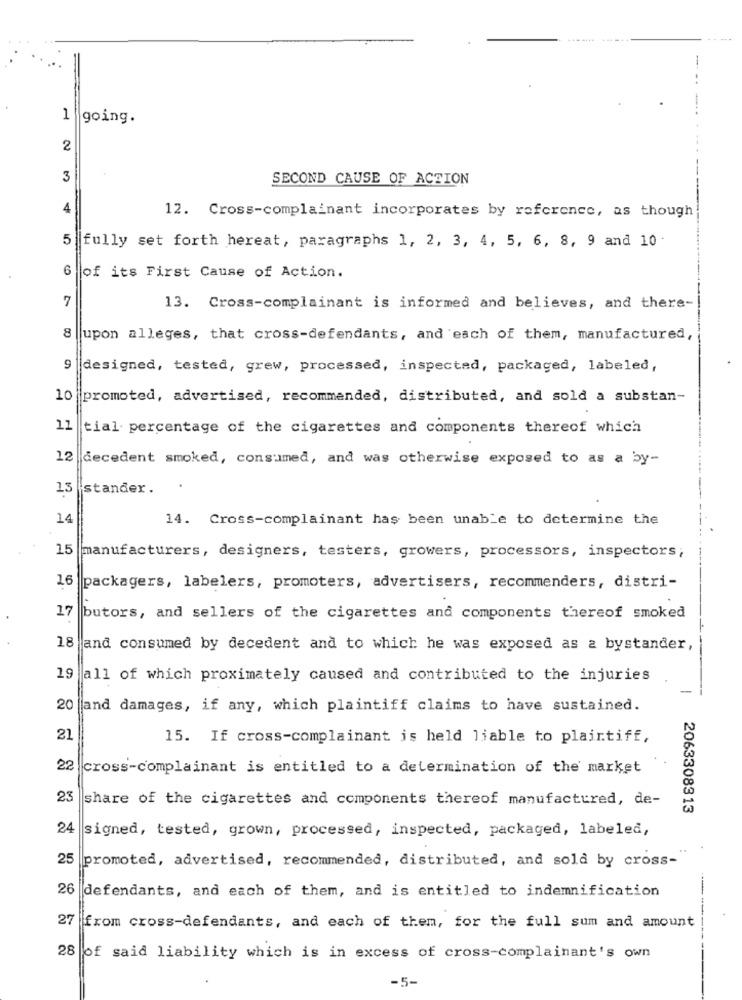
....... .....
-
1
going.
2
3
SECOND CAUSE OF ACTION
4
12. Cross-complainant incorporates by reference, as though
5
fully set forth hereat, paragraphs 1, 2, 3, 4, 5, 6, 8, 9 and 10 .
6
of its First Cause of Action.
7
13. Cross-complainant is informed and believes, and there-
8
upon alleges, that cross-defendants, and each of them, manufactured,
9
designed, tested, grew, processed, inspected, packaged, labeled,
10 promoted, advertised, recommended, distributed, and sold a substan-
12
tial percentage of the cigarettes and components thereof which
12 decedent smoked, consumed, and was otherwise exposed to as a by-
13
stander.
14
14. Cross-complainant has been unable to determine the
15
manufacturers, designers, testers, growers, processors, inspectors;
16
packagers, labelers, promoters, advertisers, recommenders, distri-
17
butors, and sellers of the cigarettes and components thereof smoked
18
and consumed by decedent and to which he was exposed as a bystander,
19
all of which proximately caused and contributed to the injuries
20
and damages, if any, which plaintiff claims to have sustained.
21
15. If cross-complainant is held liable to plaintiff,
22
cross-complainant is entitled to a determination of the market
23
share of the cigarettes and components thereof manufactured, de-
2063308313
24
signed, tested, grown, processed, inspected, packaged, labeled,
25
promoted, advertised, recommended, distributed, and sold by cross-
26
defendants, and each of them, and is entitled to indemnification
27
from cross-defendants, and each of them, for the full sum and amount
28 of said liability which is in excess of cross-complainant's own
-5-